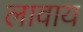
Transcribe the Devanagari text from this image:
लावाय